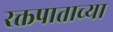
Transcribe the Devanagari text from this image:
रक्तपाताच्या